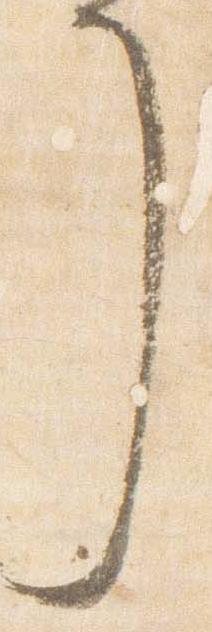
了